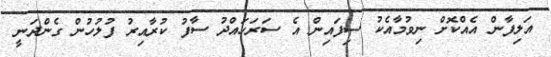
އަލިފާން އެއްކޮށް ނިވުމާއެކު ސިފައިން އެ ސަރަހައްދު ސާފު ކުރާއިރު ފުލުހުން ގެންދަނީ